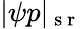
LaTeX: |\psi p|_{\mathrm{~s~r~}}